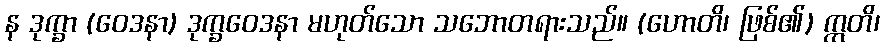
န ဒုက္ခာ (ဝေဒနာ) ဒုက္ခဝေဒနာ မဟုတ်သော သဘောတရားသည်။ (ဟောတိ၊ ဖြစ်၏) ဣတိ၊